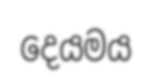
දෙයමය